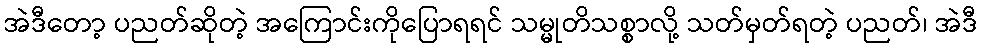
အဲဒီတော့ ပညတ်ဆိုတဲ့ အကြောင်းကိုပြောရရင် သမ္မုတိသစ္စာလို့ သတ်မှတ်ရတဲ့ ပညတ်၊ အဲဒီ